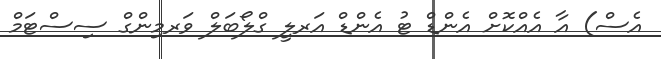
އެސް) އާ އެއްކޮށް އެންޑް ޓު އެންޑް އަރލީ ގްލޯބަލް ވަރމިންގް ސިސްޓަމް